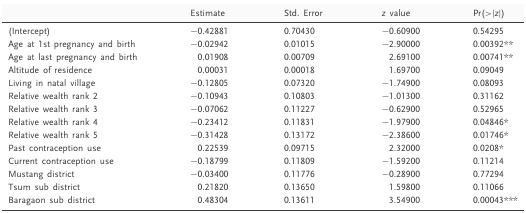
<table><thead><tr><td></td><td><b>Estimate</b></td><td><b>Std. Error</b></td><td><b><i>z</i> value</b></td><td><b>Pr(&gt;|<i>z</i>|)</b></td></tr></thead><tbody><tr><td>(Intercept)</td><td>−0.42881</td><td>0.70430</td><td>−0.60900</td><td>0.54295</td></tr><tr><td>Age at 1st pregnancy and birth</td><td>−0.02942</td><td>0.01015</td><td>−2.90000</td><td>0.00392**</td></tr><tr><td>Age at last pregnancy and birth</td><td>0.01908</td><td>0.00709</td><td>2.69100</td><td>0.00741**</td></tr><tr><td>Altitude of residence</td><td>0.00031</td><td>0.00018</td><td>1.69700</td><td>0.09049</td></tr><tr><td>Living in natal village</td><td>−0.12805</td><td>0.07320</td><td>−1.74900</td><td>0.08093</td></tr><tr><td>Relative wealth rank 2</td><td>−0.10943</td><td>0.10803</td><td>−1.01300</td><td>0.31162</td></tr><tr><td>Relative wealth rank 3</td><td>−0.07062</td><td>0.11227</td><td>−0.62900</td><td>0.52965</td></tr><tr><td>Relative wealth rank 4</td><td>−0.23412</td><td>0.11831</td><td>−1.97900</td><td>0.04846*</td></tr><tr><td>Relative wealth rank 5</td><td>−0.31428</td><td>0.13172</td><td>−2.38600</td><td>0.01746*</td></tr><tr><td>Past contraception use</td><td>0.22539</td><td>0.09715</td><td>2.32000</td><td>0.0208*</td></tr><tr><td>Current contraception use</td><td>−0.18799</td><td>0.11809</td><td>−1.59200</td><td>0.11214</td></tr><tr><td>Mustang district</td><td>−0.03400</td><td>0.11776</td><td>−0.28900</td><td>0.77294</td></tr><tr><td>Tsum sub district</td><td>0.21820</td><td>0.13650</td><td>1.59800</td><td>0.11066</td></tr><tr><td>Baragaon sub district</td><td>0.48304</td><td>0.13611</td><td>3.54900</td><td>0.00043***</td></tr></tbody></table>